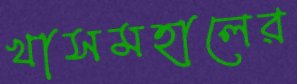
খাসমহালের